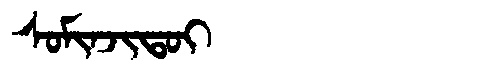
Manchu: ᠰᠣᠮᡳᠨᠵᡳᡨᠣᡳ
Romanization: SOMINJITOI